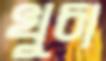
খুচা